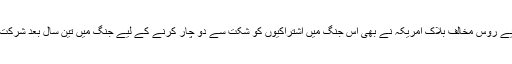
اس لیے روس مخالف بلاک امریکہ نے بھی اس جنگ میں اشتراکیوں کو شکت سے دو چار کرنے کے لیے جنگ میں تین سال بعد شرکت کی۔